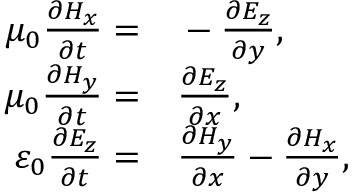
\begin{array} { r l } { \mu _ { 0 } \frac { \partial H _ { x } } { \partial t } = } & { { } - \frac { \partial E _ { z } } { \partial y } , } \\ { \mu _ { 0 } \frac { \partial H _ { y } } { \partial t } = } & { { } \frac { \partial E _ { z } } { \partial x } , } \\ { \varepsilon _ { 0 } \frac { \partial E _ { z } } { \partial t } = } & { { } \frac { \partial H _ { y } } { \partial x } - \frac { \partial H _ { x } } { \partial y } , } \end{array}